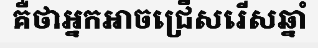
គឺថាអ្នកអាចជ្រើសរើសឆ្នាំ